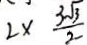
2 \times \frac { 3 \sqrt { 3 } } { 2 }